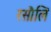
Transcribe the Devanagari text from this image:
रसौलि